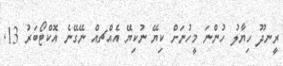
ރީނދޫ ހިޔާލު ހުންނަ މީހުނަށް ކިޔޭ ނުކިޔޭ އެއްޗއް ނޭގޭނެ އޮކްޓޯބަރު 13